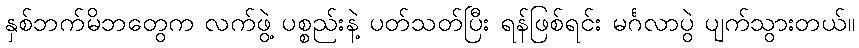
နှစ်ဘက်မိဘတွေက လက်ဖွဲ့ ပစ္စည်းနဲ့ ပတ်သတ်ပြီး ရန်ဖြစ်ရင်း မင်္ဂလာပွဲ ပျက်သွားတယ်။